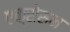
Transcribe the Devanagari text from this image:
एक्सेसन